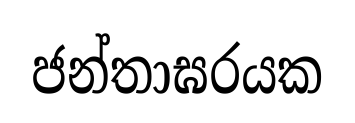
ජන්තාඝරයක